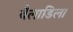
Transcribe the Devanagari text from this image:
बैलाडिला